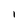
Character: l